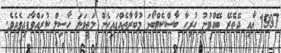
1997 އާއި ދޭތެރޭ ބޭއްވުނު ހުރިހާ ބާސްކެޓްބޯޅަ މުބާރާތެއްގައިހެން މަތީވަނަ ހާސިލް ކުރައްވާފައިވެއެވެ.